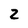
Character: 2